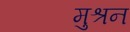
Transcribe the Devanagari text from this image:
मुश्रन